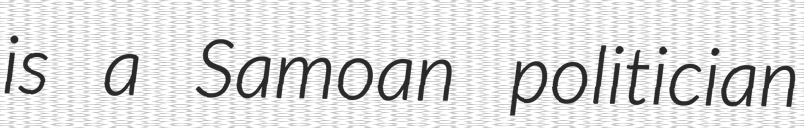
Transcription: is a Samoan politician